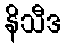
နိသီဒ